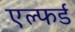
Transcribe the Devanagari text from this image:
एल्फर्ड